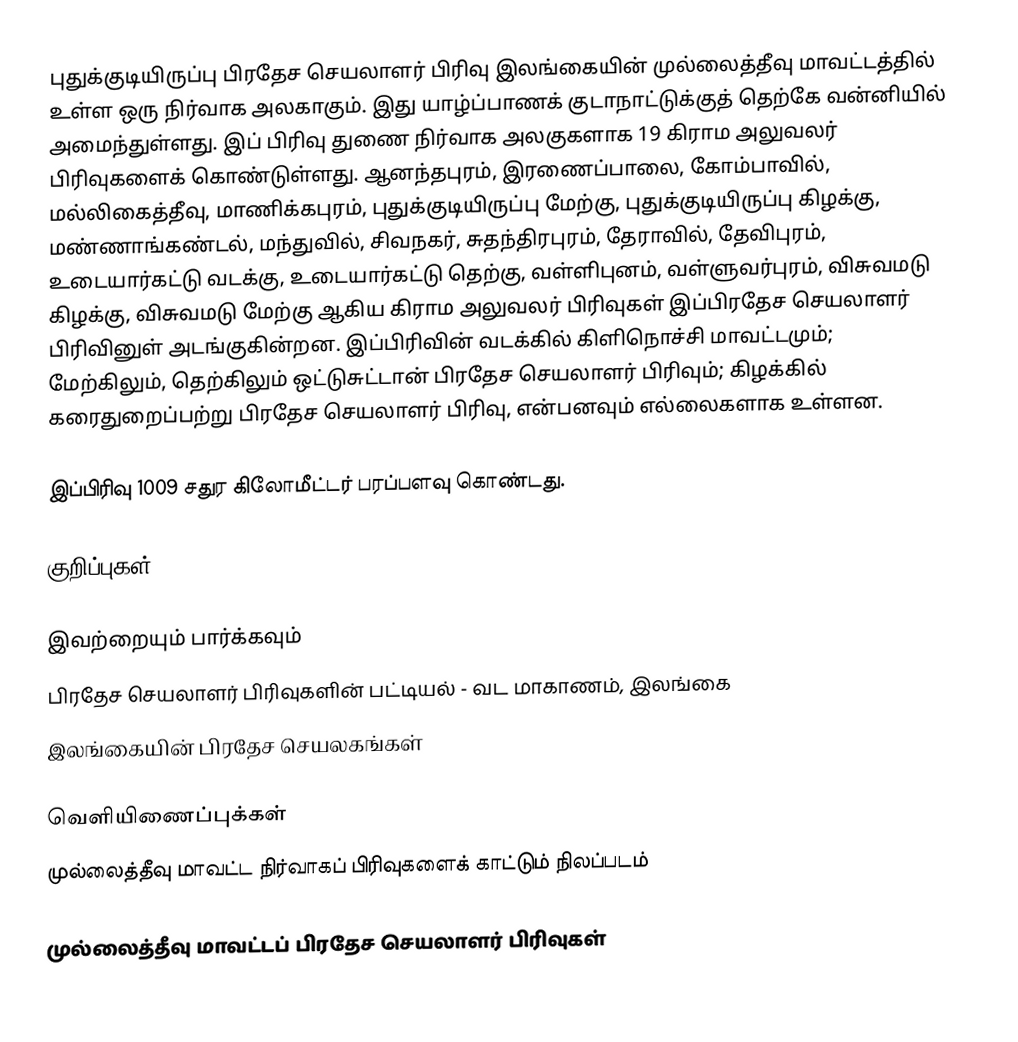
புதுக்குடியிருப்பு பிரதேச செயலாளர் பிரிவு இலங்கையின் முல்லைத்தீவு மாவட்டத்தில் உள்ள ஒரு நிர்வாக அலகாகும். இது யாழ்ப்பாணக் குடாநாட்டுக்குத் தெற்கே வன்னியில் அமைந்துள்ளது. இப் பிரிவு துணை நிர்வாக அலகுகளாக 19 கிராம அலுவலர் பிரிவுகளைக் கொண்டுள்ளது. ஆனந்தபுரம், இரணைப்பாலை, கோம்பாவில், மல்லிகைத்தீவு, மாணிக்கபுரம், புதுக்குடியிருப்பு மேற்கு, புதுக்குடியிருப்பு கிழக்கு, மண்ணாங்கண்டல், மந்துவில், சிவநகர், சுதந்திரபுரம், தேராவில், தேவிபுரம், உடையார்கட்டு வடக்கு, உடையார்கட்டு தெற்கு, வள்ளிபுனம், வள்ளுவர்புரம், விசுவமடு கிழக்கு, விசுவமடு மேற்கு ஆகிய கிராம அலுவலர் பிரிவுகள் இப்பிரதேச செயலாளர் பிரிவினுள் அடங்குகின்றன. இப்பிரிவின் வடக்கில் கிளிநொச்சி மாவட்டமும்; மேற்கிலும், தெற்கிலும் ஒட்டுசுட்டான் பிரதேச செயலாளர் பிரிவும்; கிழக்கில் கரைதுறைப்பற்று பிரதேச செயலாளர் பிரிவு, என்பனவும் எல்லைகளாக உள்ளன.

இப்பிரிவு 1009 சதுர கிலோமீட்டர் பரப்பளவு கொண்டது.

குறிப்புகள்

இவற்றையும் பார்க்கவும்
 பிரதேச செயலாளர் பிரிவுகளின் பட்டியல் - வட மாகாணம், இலங்கை
 இலங்கையின் பிரதேச செயலகங்கள்

வெளியிணைப்புக்கள்
 முல்லைத்தீவு மாவட்ட நிர்வாகப் பிரிவுகளைக் காட்டும் நிலப்படம்

முல்லைத்தீவு மாவட்டப் பிரதேச செயலாளர் பிரிவுகள்